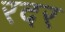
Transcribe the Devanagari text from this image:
रदर